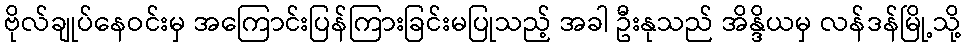
ဗိုလ်ချုပ်နေဝင်းမှ အကြောင်းပြန်ကြားခြင်းမပြုသည့် အခါ ဦးနုသည် အိန္ဒိယမှ လန်ဒန်မြို့သို့